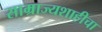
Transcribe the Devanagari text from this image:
साम्राज्यशाहीचा